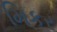
મિકર